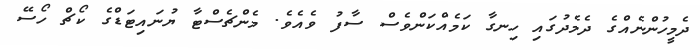
ދެމީހުންނެއްގެ ދެމެދުގައި ހިނގާ ކަމެއްކަންވެސް ސާފު ވެއެވެ. މެންޗެސްޓާ ޔުނައިޓަޑްގެ ކޯޗް ހޯސޭ